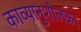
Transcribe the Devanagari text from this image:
काव्यानुशीलक।